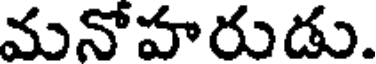
మనోహరుడు.